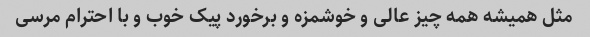
مثل همیشه همه چیز عالی و خوشمزه و برخورد پیک خوب و با احترام مرسی